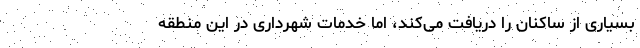
بسیاری از ساکنان را دریافت می‌کند، اما خدمات شهرداری در این منطقه